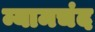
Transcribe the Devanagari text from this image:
म्यामचंद